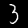
Label: 3